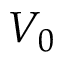
V _ { 0 }